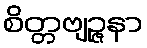
စိတ္တဗျဉ္ဇနာ